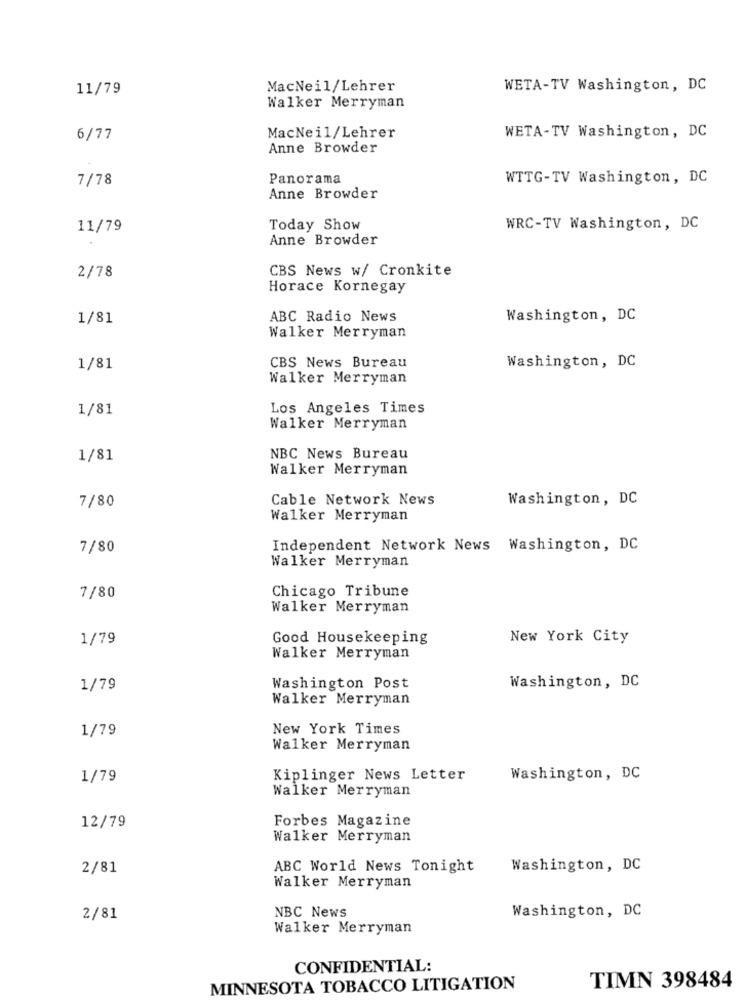
11/79
MacNeil/Lehrer
WETA-TV Washington, DC
Walker Merryman
6/77
MacNeil/Lehrer
WETA-TV Washington, DC
Anne Browder
7/78
Panorama
WTTG-TV Washington, DC
Anne Browder
11/79
Today Show
WRC-TV Washington, DC
Anne Browder
CBS News w/ Cronkite
2/78
Horace Kornegay
1/81
ABC Radio News
Washington, DC
Walker Merryman
CBS News Bureau
1/81
Washington, DC
Walker Merryman
1/81
Los Angeles Times
Walker Merryman
1/81
NBC News Bureau
Walker Merryman
7/80
Cable Network News
Washington, DC
Walker Merryman
7/80
Independent Network News Washington, DC
Walker Merryman
Chicago Tribune
7/80
Walker Merryman
1/79
Good Housekeeping
New York City
Walker Merryman
1/79
Washington Post
Washington, DC
Walker Merryman
1/79
New York Times
Walker Merryman
1/79
Kiplinger News Letter
Washington, DC
Walker Merryman
Forbes Magazine
12/79
Walker Merryman
2/81
ABC World News Tonight
Washington, DC
Walker Merryman
Washington, DC
2/81
NBC News
Walker Merryman
CONFIDENTIAL:
MINNESOTA TOBACCO LITIGATION
TIMN 398484